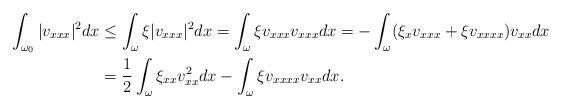
LaTeX: \begin{align*} \int_{\omega_0}|v_{xxx}|^2dx&\leq \int_{\omega}\xi|v_{xxx}|^2dx=\int_{\omega}\xi v_{xxx}v_{xxx}dx =-\int_{\omega}(\xi_xv_{xxx}+\xi v_{xxxx})v_{xx}dx\\ &=\frac{1}{2}\int_{\omega}\xi_{xx}v_{xx}^{2}dx-\int_{\omega}\xi v_{xxxx}v_{xx}dx.\end{align*}